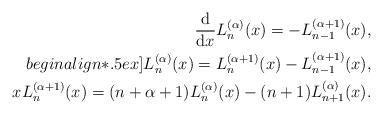
LaTeX: \begin{align*}\frac{\rm d}{{\rm d}x}L_n^{(\alpha)}(x)=-L_{n-1}^{(\alpha+1)}(x),\\begin{align*}.5ex]L_n^{(\alpha)}(x)=L_{n}^{(\alpha+1)}(x)-L_{n-1}^{(\alpha+1)}(x),\\xL_{n}^{(\alpha+1)}(x)=(n+\alpha+1)L_n^{(\alpha)}(x)-(n+1)L_{n+1}^{(\alpha)}(x).\end{align*}